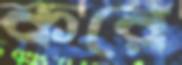
করে